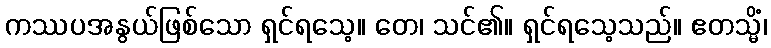
ကဿပအနွယ်ဖြစ်သော ရှင်ရသေ့။ တေ၊ သင်၏။ ရှင်ရသေ့သည်။ ဧတသ္မိံ၊